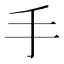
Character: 手